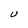
Character: U